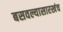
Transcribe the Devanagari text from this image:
बसवल्यासारखंच